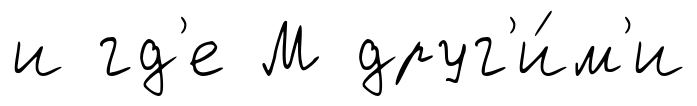
и гд'е М друг'и́м'и